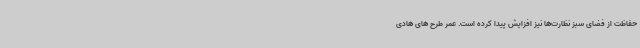
حفاظت از فضای سبز نظارت‌ها نیز افزایش پیدا کرده است. عمر طرح های هادی